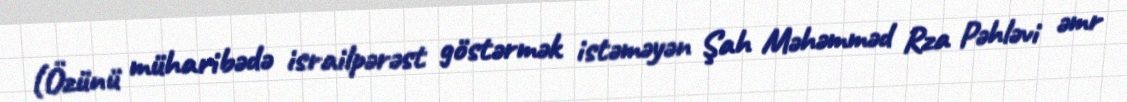
(Özünü müharibədə israilpərəst göstərmək istəməyən Şah Məhəmməd Rza Pəhləvi əmr